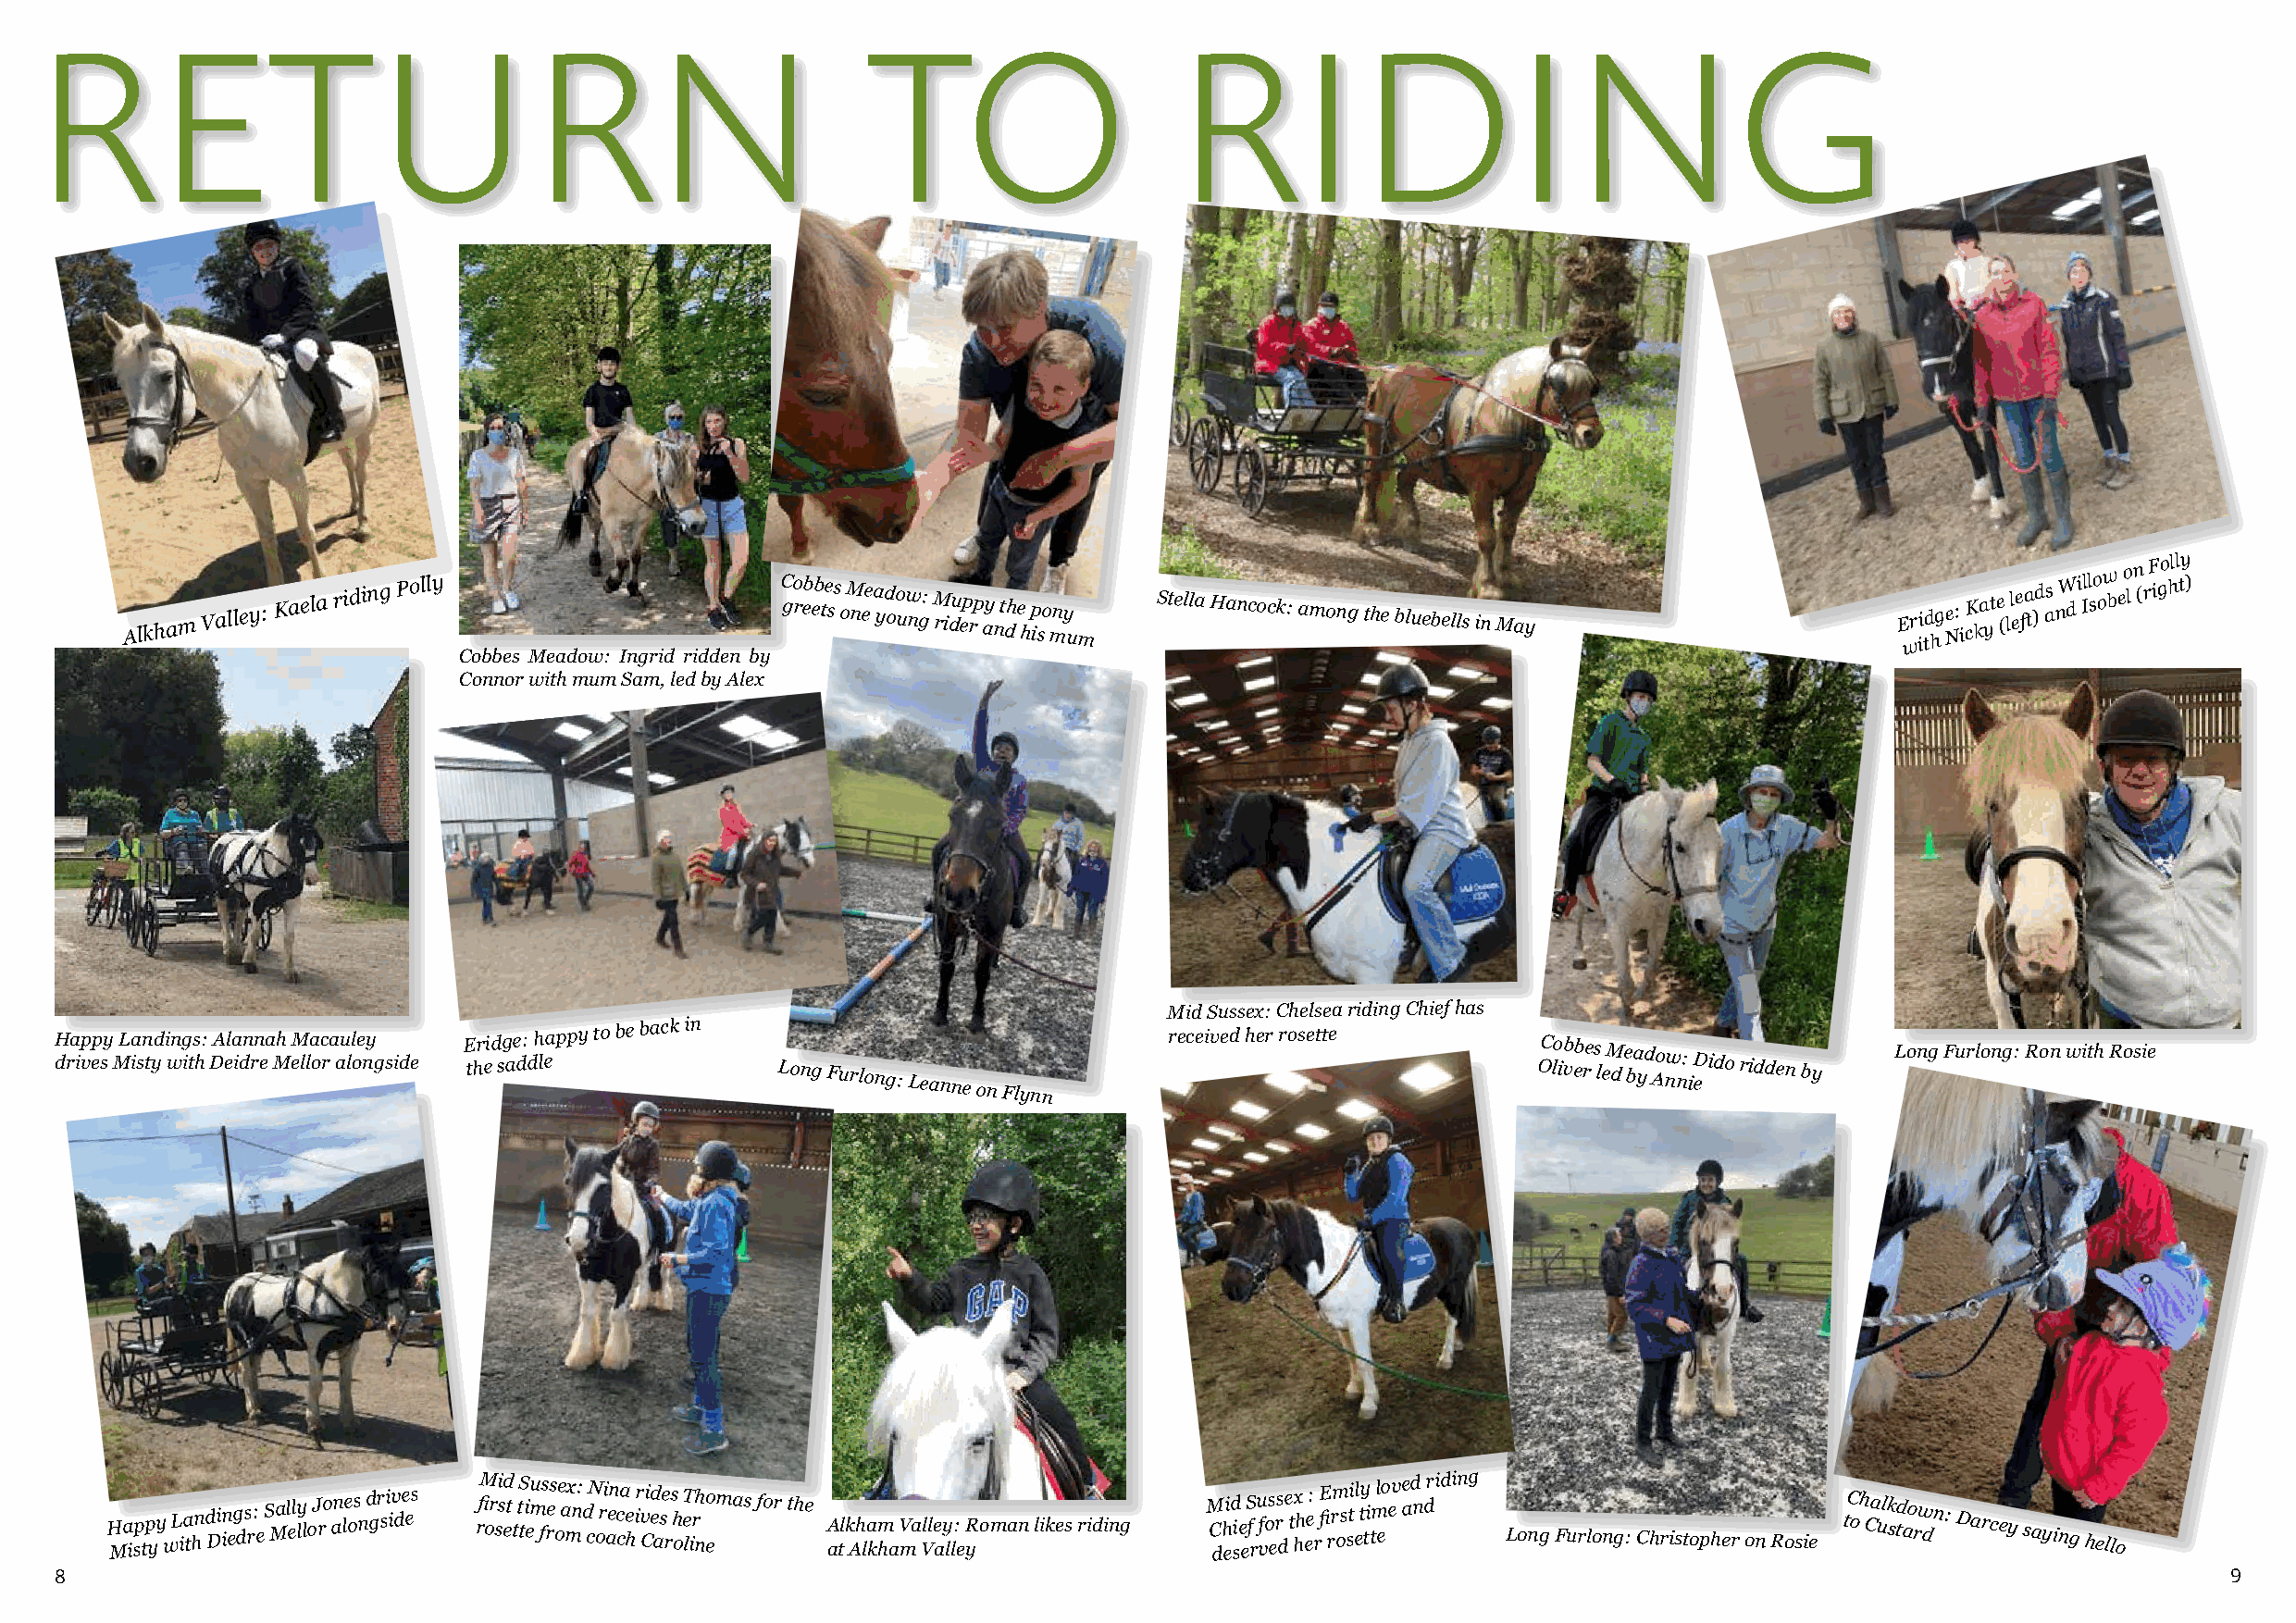
RETURN                                                      TO                    RIDING
 Alkham Valley: Kaela riding Polly              C go reb eb te ss o M nee a yd oo uw ng: M ridu ep rp ay n t dh e h p iso mny u m Stella Hancock: among the bluebells in May E wr ii td hg Ne: i cK ka yt e ( ll ee fa t)d as nW di Ill so ow be o l n (r F igo hll ty )
 Cobbes Meadow: Ingrid ridden by
 Connor with mum Sam, led by Alex
 Mid Sussex: Chelsea riding Chief has
 H dra ivp ep sy M L ia sn tyd i wng its h: DA ela idn rn ea Mh eM lla oc ra au ll oe ny g side E thr eid sg ae d: d h leappy to be back in Long Furlong:
 Leanne
 on Flynn
 received her rosette      OC lo ivb eb re s le M d e ba yd Ao nw n:
 i
 eDido ridden by Long Furlong: Ron with Rosie
 H Ma isp tp yy w L ia thn d Di in eg ds r: e S Mal el ly lo J ro an le os n d gr si iv de es rfiM or si sd et t tS ti eu m fs res o e a mx n: d cN ori aen c ca e h ir v Cid e ase r s h o eT lir nh o emas for the A atl k Ah la km ha V ma Vlle ay ll: e yRoman likes riding M C dh eid sie e S f r u f vos ers d e t x hh ee: r E fi rrm os sti e l ty ti t ml eo ev e ad n dri ding Long Furlong: Christopher on Rosie tC oh Ca ulk std ao rw dn: Darcey saying hello
 8                                                                                                                                                           9